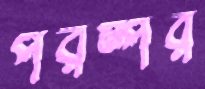
পরম্পর